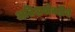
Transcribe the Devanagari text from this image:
अतिशयोक्तीचे